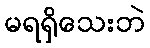
မရရှိသေးဘဲ